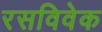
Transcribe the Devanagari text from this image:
रसविवेक